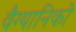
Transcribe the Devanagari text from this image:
वैग्यानिको